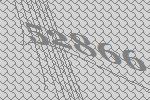
52866